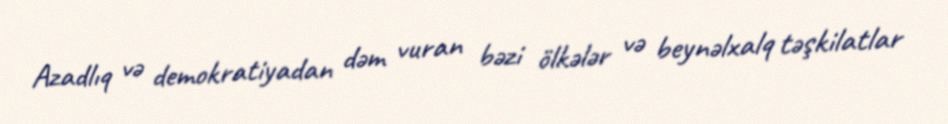
Azadlıq və demokratiyadan dəm vuran bəzi ölkələr və beynəlxalq təşkilatlar